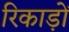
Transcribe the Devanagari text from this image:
रिकाड़ों